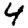
Digit: 4